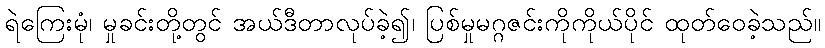
ရဲကြေးမုံ၊ မှုခင်းတို့တွင် အယ်ဒီတာလုပ်ခဲ့၍၊ ပြစ်မှုမဂ္ဂဇင်းကိုကိုယ်ပိုင် ထုတ်ဝေခဲ့သည်။